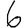
Digit: 6